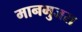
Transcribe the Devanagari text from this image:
मानमुजरा